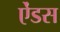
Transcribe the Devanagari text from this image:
ऐंडस